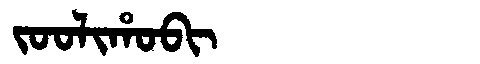
Manchu: ᠵᠣᠣᠯᡳᡥᠣᠪᡳ
Romanization: JOOLIHOBI